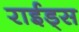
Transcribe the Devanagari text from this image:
राईड्स